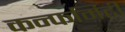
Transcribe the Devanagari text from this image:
कन्फर्मिटी